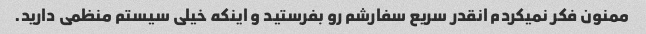
ممنون فکر نمیکردم انقدر سریع سفارشم رو بفرستید و اینکه خیلی سیستم منظمی دارید.